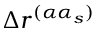
\Delta r ^ { ( \alpha \alpha _ { s } ) }